Indian journal of veterinary science and animal husbandry - Volume 10,
Year: 1940
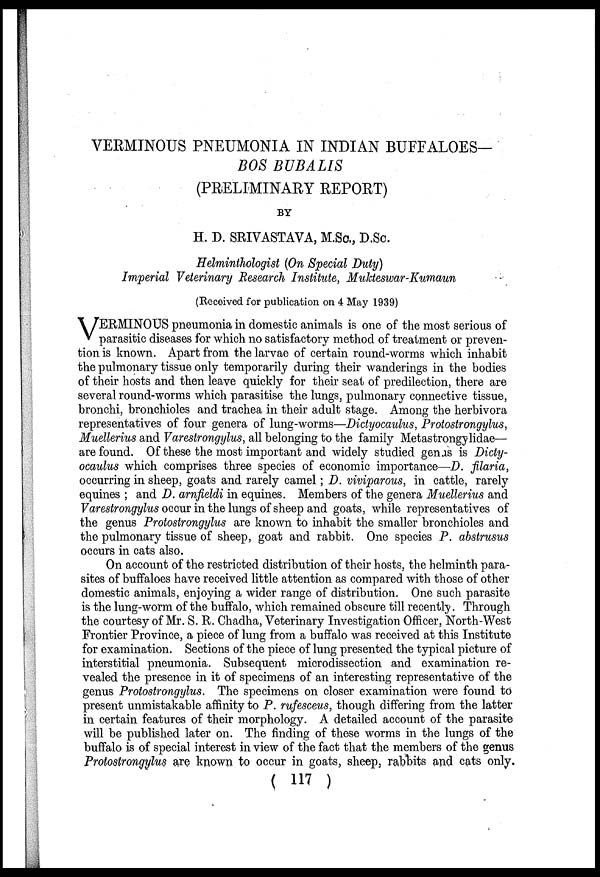
VERMINOUS PNEUMONIA IN INDIAN BUFFALOES-
BOS BUBALIS
(PRELIMINARY REPORT)
BY
H. D. SRIVASTAVA, M.Sc., D.Sc.
Helminthologist (On Special Duty)
Imperial Veterinary Research Institute, Mukteswar-Kumaun
(Received for publication on 4 May 1939)
V ERMINOUS pneumonia in domestic animals is one of the most serious of
parasitic diseases for which no satisfactory method of treatment or preven-
tion is known. Apart from the larvae of certain round-worms which inhabit
the pulmonary tissue only temporarily during their wanderings in the bodies
of their hosts and then leave quickly for their seat of predilection, there are
several round-worms which parasitise the lungs, pulmonary connective tissue,
bronchi, bronchioles and trachea in their adult stage. Among the herbivora
representatives of four genera of lung-worms—Dictyocaulus, Protostrongylus,
Muellerius and Varestrongylus, all belonging to the family Metastrongylidae—
are found. Of these the most important and widely studied genus is Dicty-
ocaulus which comprises three species of economic importance—D. filaria,
occurring in sheep, goats and rarely camel; D. viviparous, in cattle, rarely
equines ; and D. arnfieldi in equines. Members of the genera Muellerius and
Varestrongylus occur in the lungs of sheep and goats, while representatives of
the genus Protostrongylus are known to inhabit the smaller bronchioles and
the pulmonary tissue of sheep, goat and rabbit. One species P. abstrusus
occurs in cats also.
On account of the restricted distribution of their hosts, the helminth para-
sites of buffaloes have received little attention as compared with those of other
domestic animals, enjoying a wider range of distribution. One such parasite
is the lung-worm of the buffalo, which remained obscure till recently. Through
the courtesy of Mr. S. R. Chadha, Veterinary Investigation Officer, North-West
Frontier Province, a piece of lung from a buffalo was received at this Institute
for examination. Sections of the piece of lung presented the typical picture of
interstitial pneumonia. Subsequent microdissection and examination re-
vealed the presence in it of specimens of an interesting representative of the
genus Protostrongylus. The specimens on closer examination were found to
present unmistakable affinity to P. rufesceus, though differing from the latter
in certain features of their morphology. A detailed account of the parasite
will be published later on. The finding of these worms in the lungs of the
buffalo is of special interest in view of the fact that the members of the genus
Protostrongylus are known to occur in goats, sheep, rabbits and cats only.
( 117 )